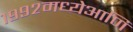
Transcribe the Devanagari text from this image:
१९९२मध्येआणि